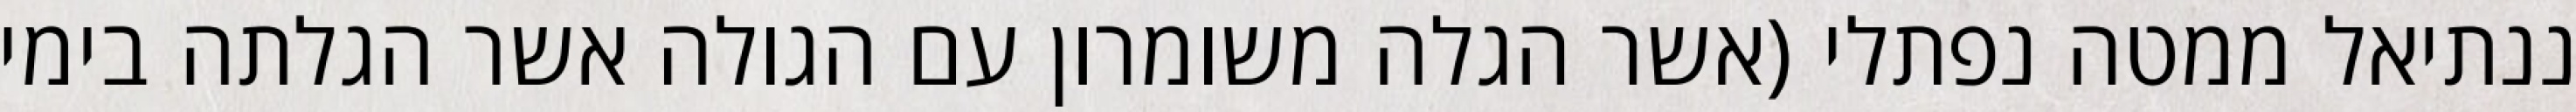
ננתיאל ממטה נפתלי (אשר הגלה משומרון עם הגולה אשר הגלתה בימי